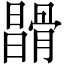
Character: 𩩪